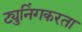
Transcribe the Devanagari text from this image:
ट्युनिंगकरता